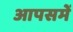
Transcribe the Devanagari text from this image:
आपसमें